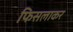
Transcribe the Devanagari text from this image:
फिसलाकर